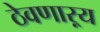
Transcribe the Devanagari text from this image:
ठेवणाऱ्य